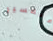
للتفسير